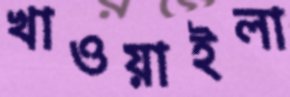
খাওয়াইলা